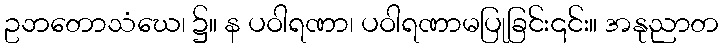
ဥဘတောသံဃေ၊ ၌။ န ပဝါရဏာ၊ ပဝါရဏာမပြုခြင်း၎င်း။ အနုညာတ